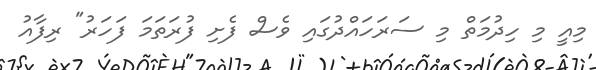
މިއީ މި ހިދުމަތް މި ސަރަހައްދުގައި ވެސް ފެށި ފުރަތަމަ ފަހަރު" ރިފާއު